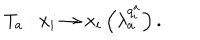
LaTeX: T _ { a } : x _ { i } \rightarrow x _ { i } \left( \lambda _ { a } ^ { q _ { i } ^ { a } } \right) .